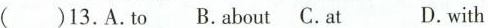
( )13.A.To B.about .at D.with